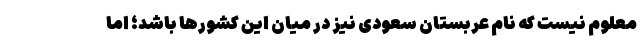
معلوم نیست که نام عربستان سعودی نیز در میان این کشورها باشد؛ اما